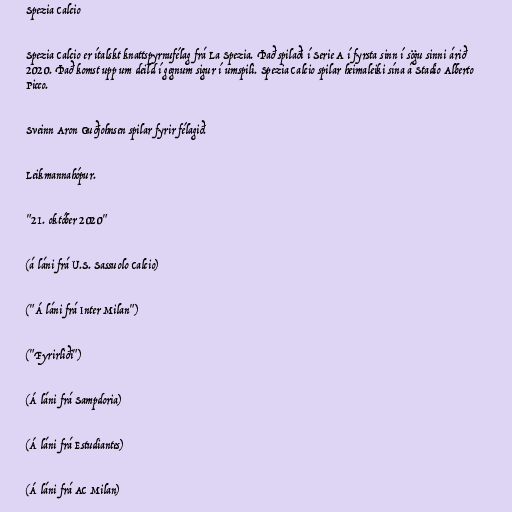
Spezia Calcio

Spezia Calcio er ítalskt knattspyrnufélag frá La Spezia. Það spilaði í Serie A í fyrsta sinn í sögu sinni árið
2020. Það komst upp um deild í gegnum sigur í umspili. Spezia Calcio spilar heimaleiki sína á Stadio Alberto
Picco.

Sveinn Aron Guðjohnsen spilar fyrir félagið.

Leikmannahópur.

"21. október 2020"

(á láni frá U.S. Sassuolo Calcio)

("Á láni frá Inter Milan")

("Fyrirliði")

(Á láni frá Sampdoria)

(Á láni frá Estudiantes)

(Á láni frá AC Milan)